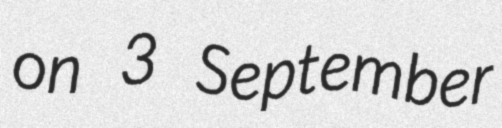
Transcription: on 3 September